Indian journal of veterinary science and animal husbandry - Volumes 18-21, 1948-1951
Year: 1948
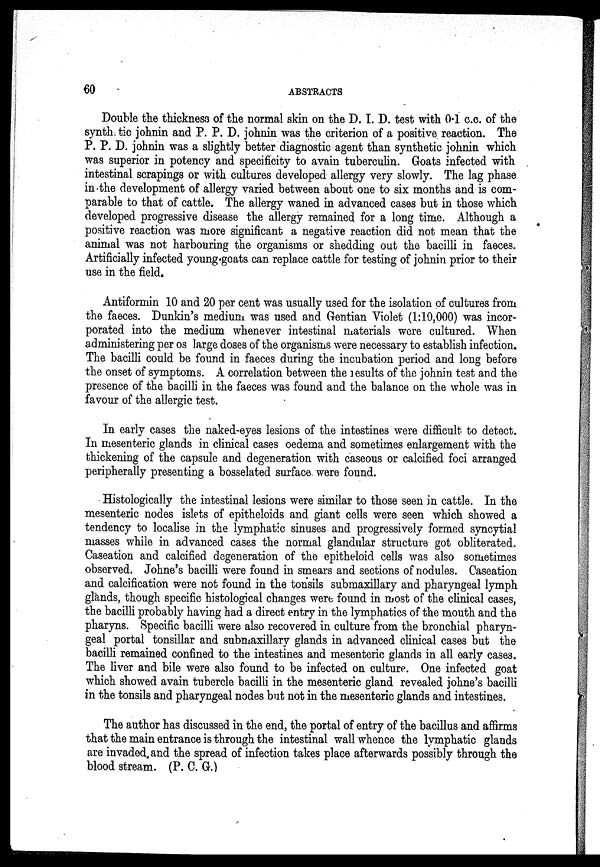
60
ABSTRACTS
Double the thickness of the normal skin on the D. I. D. test with 0.1 c.c. of the
synth tic johnin and P. P. D. johnin was the criterion of a positive reaction. The
P. P. D. johnin was a slightly better diagnostic agent than synthetic johnin which
was superior in potency and specificity to avain tuberculin. Goats infected with
intestinal scrapings or with cultures developed allergy very slowly. The lag phase
in the development of allergy varied between about one to six months and is com-
parable to that of cattle. The allergy waned in advanced cases but in those which
developed progressive disease the allergy remained for a long time. Although a
positive reaction was more significant a negative reaction did not mean that the
animal was not harbouring the organisms or shedding out the bacilli in faeces.
Artificially infected young goats can replace cattle for testing of johnin prior to their
use in the field.
Antiformin 10 and 20 per cent was usually used for the isolation of cultures from
the faeces. Dunkin's medium was used and Gentian Violet (1:10,000) was incor-
porated into the medium whenever intestinal materials were cultured. When
administering per os large doses of the organisms were necessary to establish infection.
The bacilli could be found in faeces during the incubation period and long before
the onset of symptoms. A correlation between the results of the johnin test and the
presence of the bacilli in the faeces was found and the balance on the whole was in
favour of the allergic test.
In early cases the naked-eyes lesions of the intestines were difficult to detect.
In mesenteric glands in clinical cases oedema and sometimes enlargement with the
thickening of the capsule and degeneration with caseous or calcified foci arranged
peripherally presenting a bosselated surface were found.
Histologically the intestinal lesions were similar to those seen in cattle. In the
mesenteric nodes islets of epitheloids and giant cells were seen which showed a
tendency to localise in the lymphatic sinuses and progressively formed syncytial
masses while in advanced cases the normal glandular structure got obliterated.
Caseation and calcified degeneration of the epitheloid cells was also sometimes
observed. Johne's bacilli were found in smears and sections of nodules. Caseation
and calcification were not found in the tonsils submaxillary and pharyngeal lymph
glands, though specific histological changes were found in most of the clinical cases,
the bacilli probably having had a direct entry in the lymphatics of the mouth and the
pharyns. Specific bacilli were also recovered in culture from the bronchial pharyn-
geal portal tonsillar and submaxillary glands in advanced clinical cases but the
bacilli remained confined to the intestines and mesenteric glands in all early cases.
The liver and bile were also found to be infected on culture. One infected goat
which showed avain tubercle bacilli in the mesenteric gland revealed johne's bacilli
in the tonsils and pharyngeal nodes but not in the mesenteric glands and intestines.
The author has discussed in the end, the portal of entry of the bacillus and affirms
that the main entrance is through the intestinal wall whence the lymphatic glands
are invaded and the spread of infection takes place afterwards possibly through the
blood stream. (P. C. G.)